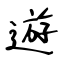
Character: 遊